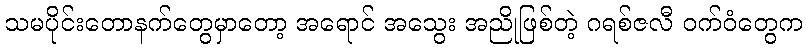
သမပိုင်းတောနက်တွေမှာတော့ အရောင် အသွေး အညိုဖြစ်တဲ့ ဂရစ်ဇလီ ဝက်ဝံတွေက